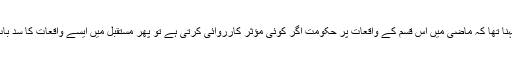
زہریٰ یوسف کا کہنا تھا کہ ماضی میں اس قسم کے واقعات پر حکومت اگر کوئی مؤثر کارروائی کرتی ہے تو پھر مستقبل میں ایسے واقعات کا سدِ باب کیا جاسکتا ہے۔